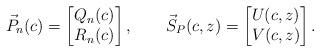
LaTeX: \begin{gather*}\vec{P}_{n}(c) =\left[\begin{matrix}Q_{n}(c) \\R_{n}(c)\end{matrix}\right] ,\qquad\vec{S}_{P}(c,z) =\left[\begin{matrix}U(c,z)\\V(c,z)\end{matrix}\right] .\end{gather*}